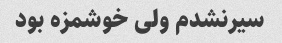
سیرنشدم ولی خوشمزه بود